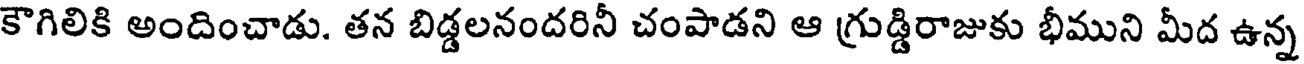
కౌగిలికి అందించాడు. తన బిడ్డలనందరినీ చంపాడని ఆ గ్రుడ్డిరాజుకు భీముని మీద ఉన్న